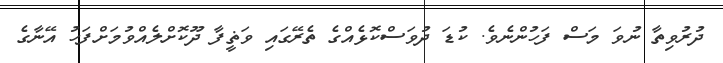
ދުރުވިތާ ނުވަ މަސް ފަހުންނެވެ. ކުޑަ ދުވަސްކޮޅެއްގެ ތެރޭގައި ވަޡީފާ ދޫކޮށްލެއްވުމަށްފަހު އޭނާގެ